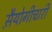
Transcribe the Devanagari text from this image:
स़ैयोगीचारी